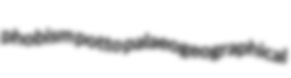
phobism potto palaeogeographical